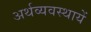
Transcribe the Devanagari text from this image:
अर्थव्यवस्थायें